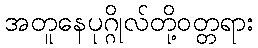
အတူနေပုဂ္ဂိုလ်တို့ဝတ္တရား